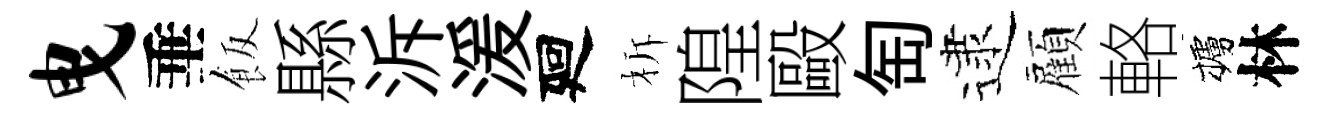
曳垂飯縣泝湲廻柝隍毆匋逮顏輅櫨林